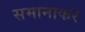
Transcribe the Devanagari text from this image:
समानाकर